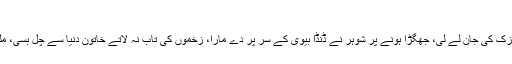
ایف بی مزید پڑھیں
ظالم شخص نے صنف نازک کی جان لے لی، جھگڑا ہونے پر شوہر نے ڈنڈا بیوی کے سر پر دے مارا، زخموں کی تاب نہ لاتے خاتون دنیا سے چل بسی، ملزم موقع سے فرار ہوگیا۔